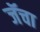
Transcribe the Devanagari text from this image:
जॅचा